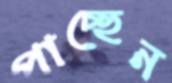
পাচ্ছেন